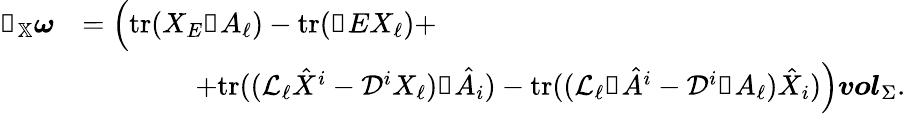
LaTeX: \begin{array}{rl}{\mathbb{i}_{\mathbb{X}}\boldsymbol{\omega}}&{=\Big(\mathrm{tr}(X_{E}\mathbb{d}A_{\ell})-\mathrm{tr}(\mathbb{d}EX_{\ell})+}\\ &{\qquad\qquad+\mathrm{tr}((\mathcal{L}_{\ell}\hat{X}^{i}-\mathcal{D}^{i}X_{\ell})\mathbb{d}\hat{A}_{i})-\mathrm{tr}((\mathcal{L}_{\ell}\mathbb{d}\hat{A}^{i}-\mathcal{D}^{i}\mathbb{d}A_{\ell})\hat{X}_{i})\Big){\boldsymbol{vol}}_{\Sigma}.}\end{array}